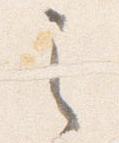
之